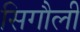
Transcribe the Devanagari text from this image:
सिगौली